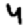
Digit: 4